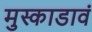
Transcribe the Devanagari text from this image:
मुस्काडावं